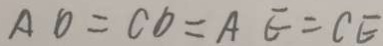
A D = C D = A E = C E